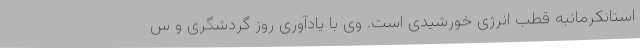
استانکرمانبه قطب انرژی خورشیدی است. وی با یادآوری روز گردشگری و س